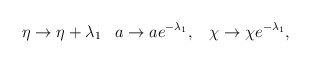
\begin{align*}\eta\rightarrow\eta +\lambda_1 \;\;\; a\rightarrow ae^{-\lambda_1}, \;\;\;\chi\rightarrow\chi e^{-\lambda_1},\end{align*}